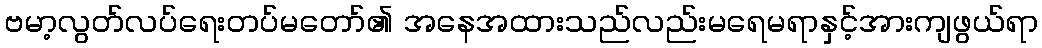
ဗမာ့လွတ်လပ်ရေးတပ်မတော်၏ အနေအထားသည်လည်းမရေမရာနှင့်အားကျဖွယ်ရာ